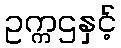
ဥက္ကဌနှင့်